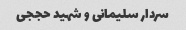
سردار سلیمانی و شهید حججی